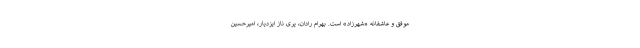
موفق و عاشقانه «شهرزاد» است. بهرام رادان، پری ناز ایزدیار، امیرحسین